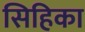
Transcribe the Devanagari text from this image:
सिहिका